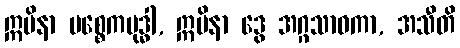
ဣမိနာ ပစ္စေကဗုဒ္ဓါ, ဣမိနာ ဒွေ အဂ္ဂသာဝကာ, အသီတိ